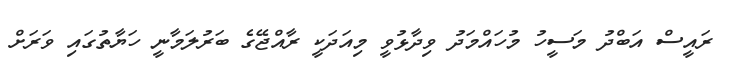
ރައީސް އަބްދު މަސީހު މުހައްމަދު ވިދާޅުވީ މިއަދަކީ ރާއްޖޭގެ ބަރުލަމާނީ ހަޔާތުގައި ވަރަށް